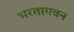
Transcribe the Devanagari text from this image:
भरतागवन